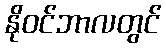
နိုဝင်ဘာလတွင်